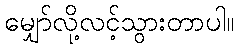
မျှော်လို့လင့်သွားတာပါ။